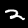
Digit: 2